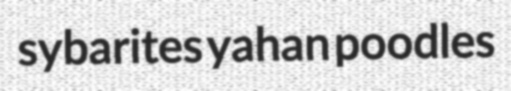
sybarites yahan poodles